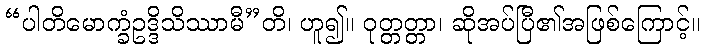
“ပါတိမောက္ခံဥဒ္ဒိသိဿာမီ”တိ၊ ဟူ၍။ ဝုတ္တတ္တာ၊ ဆိုအပ်ပြီ၏အဖြစ်ကြောင့်။